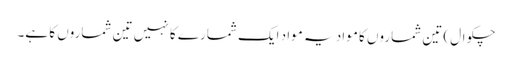
چکوال) تین شماروں کا مواد یہ مواد ایک شمارے کا نہیں تین شماروں کا ہے۔